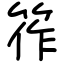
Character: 筰